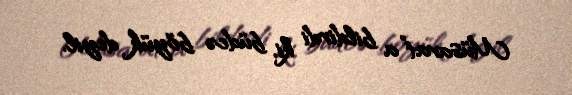
Müsavat”a bildirdi ki, büdcə böyük deyil.